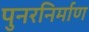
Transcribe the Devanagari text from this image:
पुनरनिर्माण